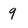
Character: q